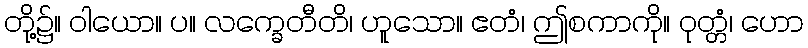
တို့၌။ ဝါယော။ ပ။ လက္ခေတီတိ၊ ဟူသော။ ဧတံ၊ ဤစကာကို။ ဝုတ္တံ၊ ဟော